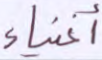
أغنياء